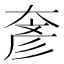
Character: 𡙓